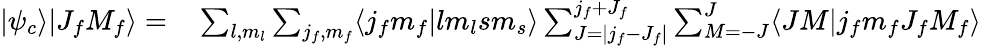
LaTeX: \begin{array}{rl}{|\psi_{c}\rangle|J_{f}M_{f}\rangle=}&{{}\sum_{l,m_{l}}\sum_{j_{f},m_{f}}\langle j_{f}m_{f}|lm_{l}sm_{s}\rangle\sum_{J=|j_{f}-J_{f}|}^{j_{f}+J_{f}}\sum_{M=-J}^{J}\langle JM|j_{f}m_{f}J_{f}M_{f}\rangle}\end{array}